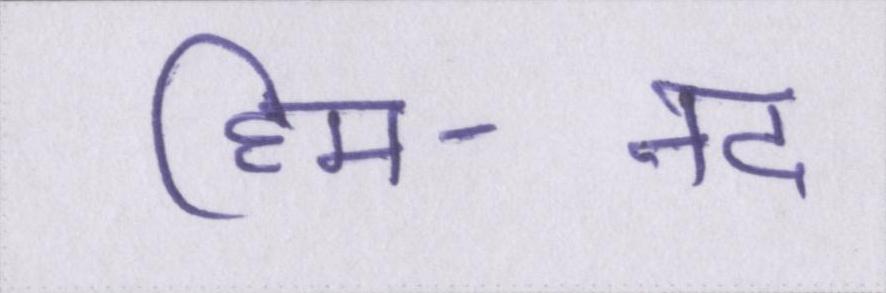
हिम-नद